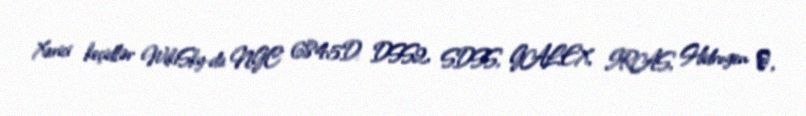
Xarici keçidlər WikiSky-da NGC 6845D: DSS2, SDSS, GALEX, IRAS, Hidrogen α,